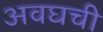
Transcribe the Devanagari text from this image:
अवघची